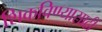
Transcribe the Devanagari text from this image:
शिकविण्यासाठीं